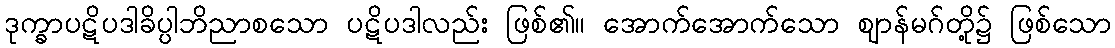
ဒုက္ခာပဋိပဒါခိပ္ပါဘိညာစသော ပဋိပဒါလည်း ဖြစ်၏။ အောက်အောက်သော ဈာန်မဂ်တို့၌ ဖြစ်သော